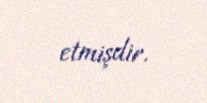
etmişdir.